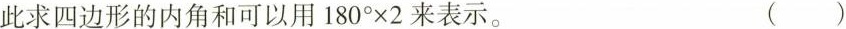
此求四边形的内角和可以用$$1 8 0 °\times 2$$来表示。 ( )